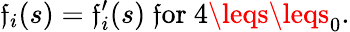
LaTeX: \mathfrak{f}_{i}(s)=\mathfrak{f}_{i}^{\prime}(s)\mathrm{{~\mathfrak{f}or~}}4\leqs\leqs_{0}.